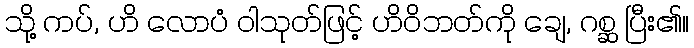
သို့ ကပ်, ဟိ လောပံ ဝါသုတ်ဖြင့် ဟိဝိဘတ်ကို ချေ, ဂစ္ဆ ပြီး၏။